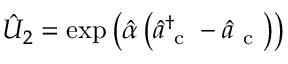
\hat { U } _ { 2 } = \exp \left( \hat { \alpha } \left( \hat { a } _ { \mathrm { ~ c ~ } } ^ { \dagger } - \hat { a } _ { \mathrm { ~ c ~ } } \right) \right)